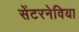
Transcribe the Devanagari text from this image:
सेंटरनेविया